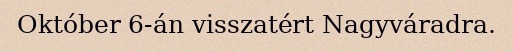
Október 6-án visszatért Nagyváradra.